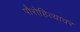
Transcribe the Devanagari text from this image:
पौरोहित्यावर